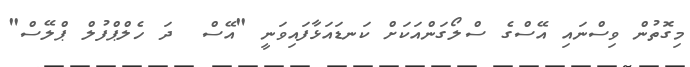
މިގޮތުން ވިސްނައި އޭސްގެ ސްލޯގަންއަކަށް ކަނޑައަޅާފައިވަނީ "އޭސް  ދަ ހެލްޕްފުލް ޕްލޭސް"